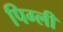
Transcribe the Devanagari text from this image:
पिग्ली